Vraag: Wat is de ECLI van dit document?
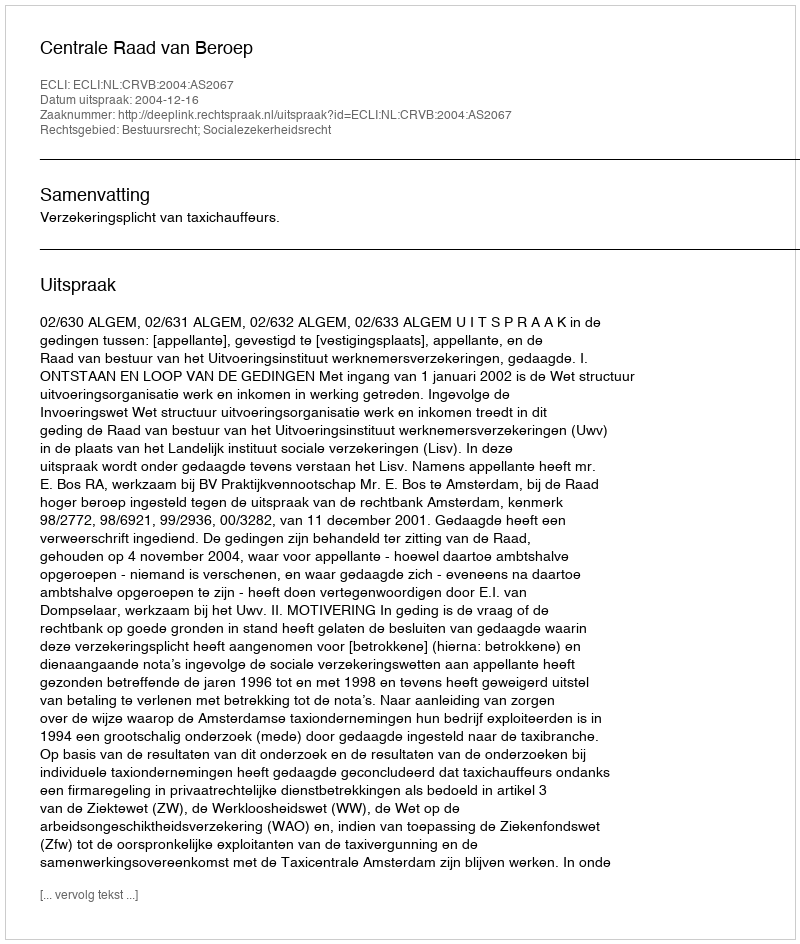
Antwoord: ECLI:NL:CRVB:2004:AS2067